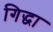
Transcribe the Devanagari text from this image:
गिद्धा